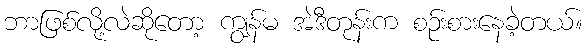
ဘာဖြစ်လို့လဲဆိုတော့ ကျွန်မ အဲဒီတုန်းက စဉ်းစားနေခဲ့တယ်။